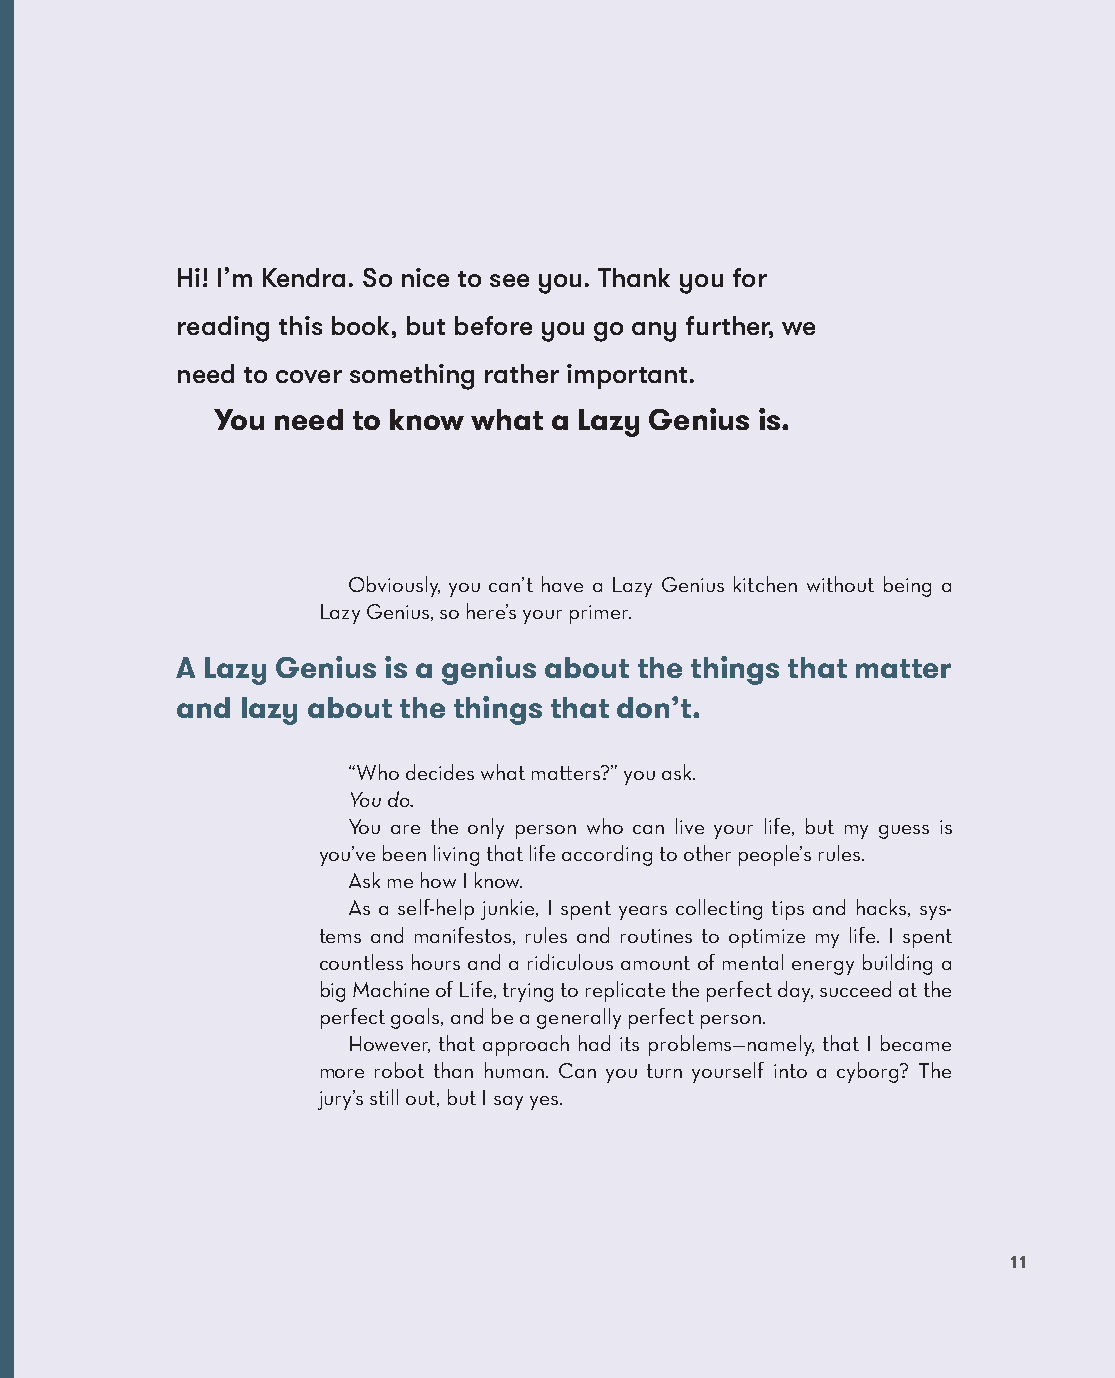
Hi! I’m Kendra. So nice to see you. Thank you for
 reading this book, but before you go any further, we
 need to cover something rather important.
 You need  to know what a Lazy Genius is.
 Obviously, you can’t have a Lazy Genius kitchen without being a
 Lazy Genius, so here’s your primer.
 A Lazy Genius is a genius about the things that matter
 and lazy about the things that don’t.
 “Who decides what matters?” you ask.
 You do.
 You are the only person who can live your life, but my guess is
 you’ve been living that life according to other people’s rules.
 Ask me how I know.
 As a self-help junkie, I spent years collecting tips and hacks, sys-
 tems and manifestos, rules and routines to optimize my life. I spent
 countless hours and a ridiculous amount of mental energy building a
 big Machine of Life, trying to replicate the perfect day, succeed at the
 perfect goals, and be a generally perfect person.
 However, that approach had its problems—namely, that I became
 more robot than human. Can you turn yourself into a cyborg? The
 jury’s still out, but I say yes.
 11
 AAddaacc__99778800552255665533994433__aallll__55pp__rr22..iinndddd 1111 1100//2222//2211 99::1177 AAMM